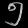
Digit: ၅